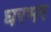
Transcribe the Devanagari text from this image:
घरभर